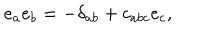
e _ { a } e _ { b } = - \delta _ { a b } + c _ { a b c } e _ { c } ,